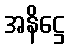
အနိဋ္ဌေ